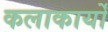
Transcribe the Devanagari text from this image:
कलाकार्यों